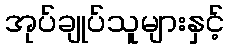
အုပ်ချုပ်သူများနှင့်